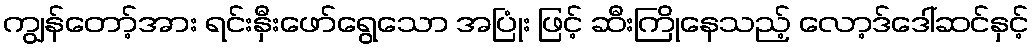
ကျွန်တော့်အား ရင်းနှီးဖော်ရွေသော အပြုံး ဖြင့် ဆီးကြိုနေသည့် လော့ဒ်ဒေါ်ဆင်နှင့်